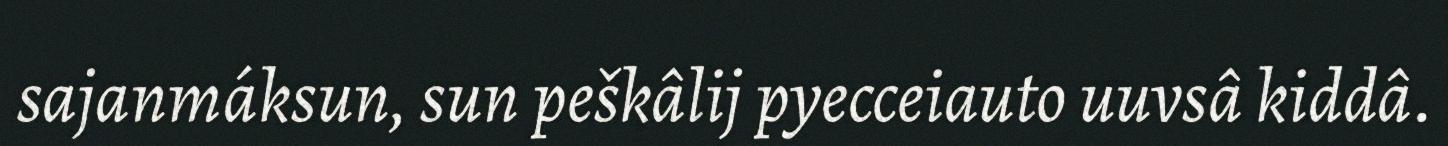
sajanmáksun, sun peškâlij pyecceiauto uuvsâ kiddâ.